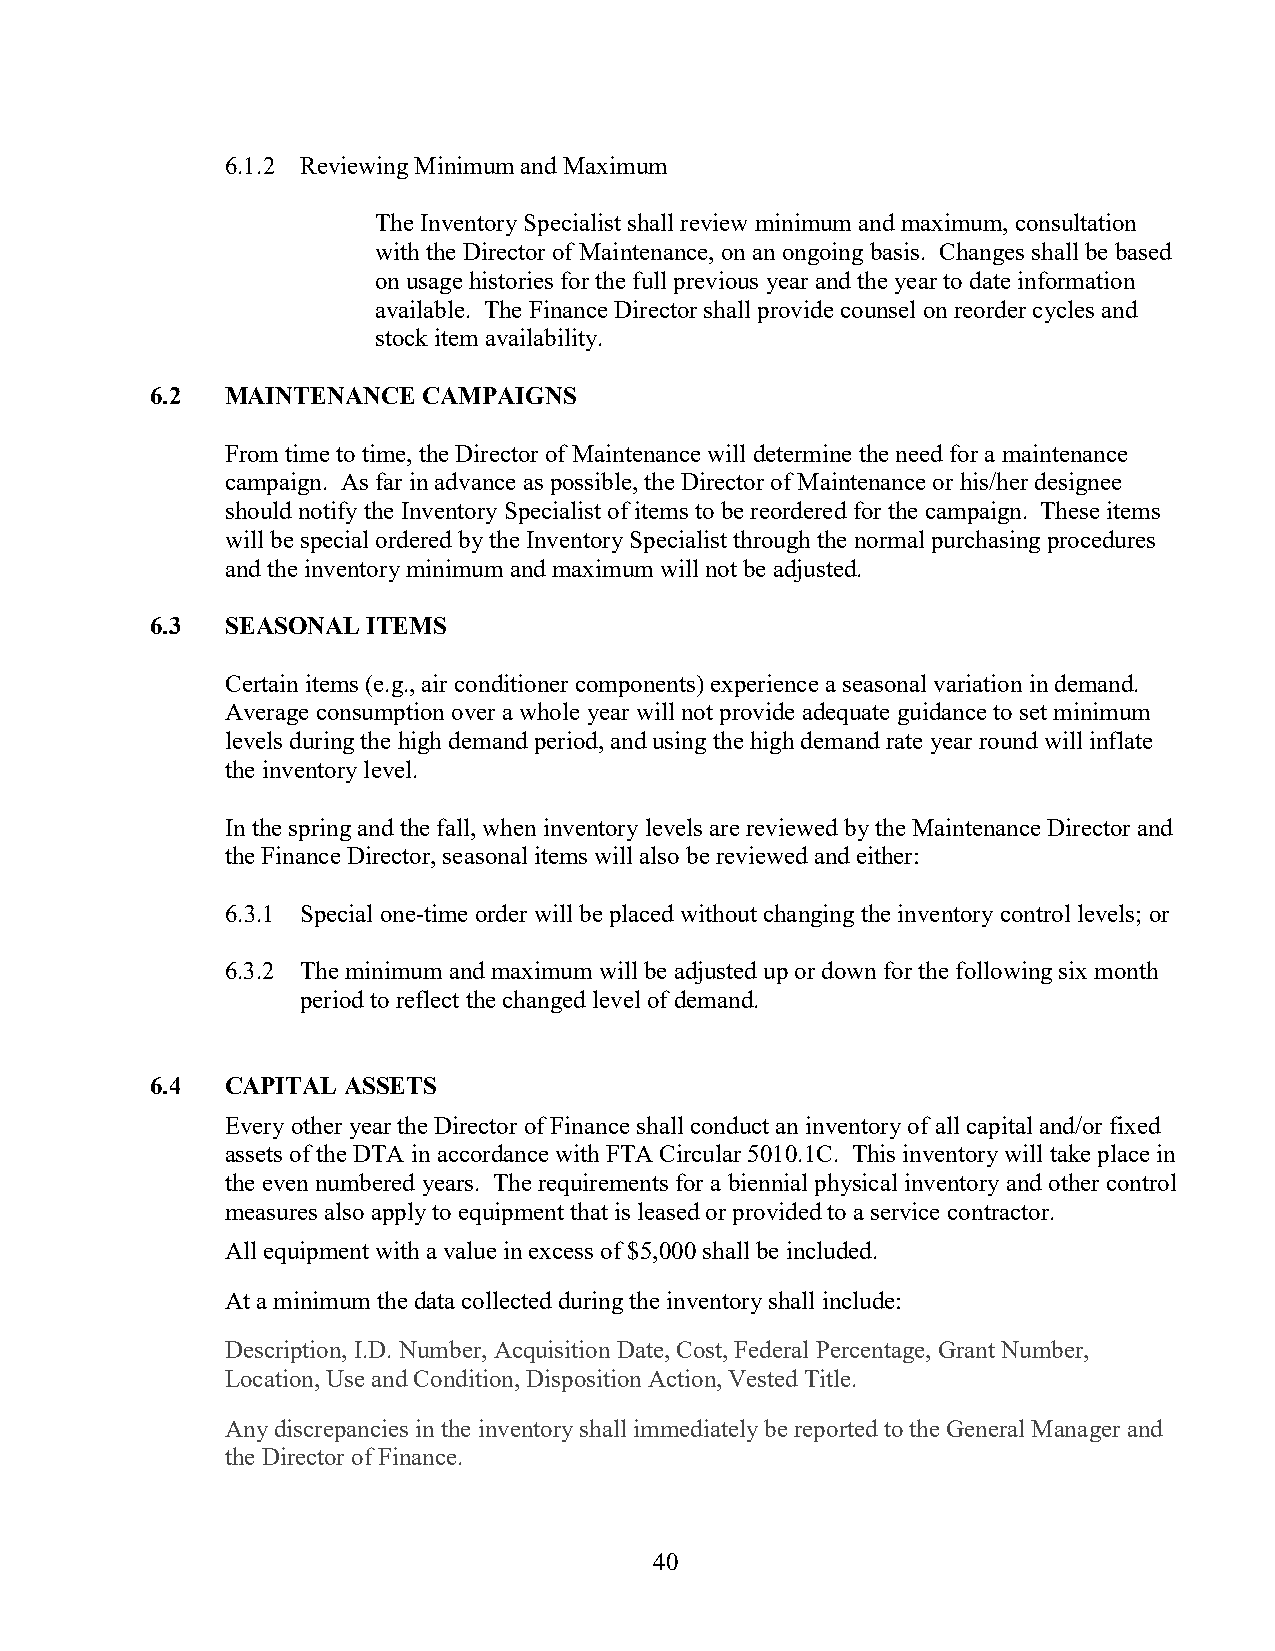
6.1.2 Reviewing Minimum and Maximum
 The Inventory Specialist shall review minimum and maximum, consultation
 with the Director of Maintenance, on an ongoing basis. Changes shall be based
 on usage histories for the full previous year and the year to date information
 available. The Finance Director shall provide counsel on reorder cycles and
 stock item availability.
 6.2  MAINTENANCE  CAMPAIGNS
 From time to time, the Director of Maintenance will determine the need for a maintenance
 campaign. As far in advance as possible, the Director of Maintenance or his/her designee
 should notify the Inventory Specialist of items to be reordered for the campaign. These items
 will be special ordered by the Inventory Specialist through the normal purchasing procedures
 and the inventory minimum and maximum will not be adjusted.
 6.3  SEASONAL ITEMS
 Certain items (e.g., air conditioner components) experience a seasonal variation in demand.
 Average consumption over a whole year will not provide adequate guidance to set minimum
 levels during the high demand period, and using the high demand rate year round will inflate
 the inventory level.
 In the spring and the fall, when inventory levels are reviewed by the Maintenance Director and
 the Finance Director, seasonal items will also be reviewed and either:
 6.3.1 Special one-time order will be placed without changing the inventory control levels; or
 6.3.2 The minimum and maximum will be adjusted up or down for the following six month
 period to reflect the changed level of demand.
 6.4  CAPITAL ASSETS
 Every other year the Director of Finance shall conduct an inventory of all capital and/or fixed
 assets of the DTA in accordance with FTA Circular 5010.1C. This inventory will take place in
 the even numbered years. The requirements for a biennial physical inventory and other control
 measures also apply to equipment that is leased or provided to a service contractor.
 All equipment with a value in excess of $5,000 shall be included.
 At a minimum the data collected during the inventory shall include:
 Description, I.D. Number, Acquisition Date, Cost, Federal Percentage, Grant Number,
 Location, Use and Condition, Disposition Action, Vested Title.
 Any discrepancies in the inventory shall immediately be reported to the General Manager and
 the Director of Finance.
 40